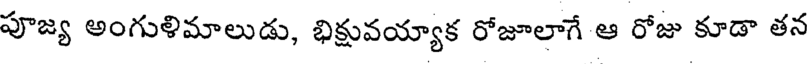
పూజ్య అంగుళిమాలుడు, భిక్షువయ్యాక రోజూలాగే ఆ రోజు కూడా తన